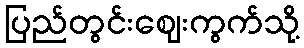
ပြည်တွင်းဈေးကွက်သို့